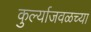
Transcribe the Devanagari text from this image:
कुर्ल्याजवळच्या